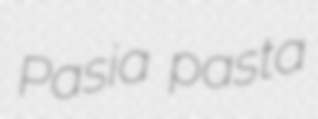
Pasia pasta